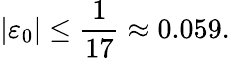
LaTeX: \vert\varepsilon_{0}\vert\leq{\frac{1}{17}}\approx 0.059.